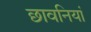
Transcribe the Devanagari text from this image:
छावनियां